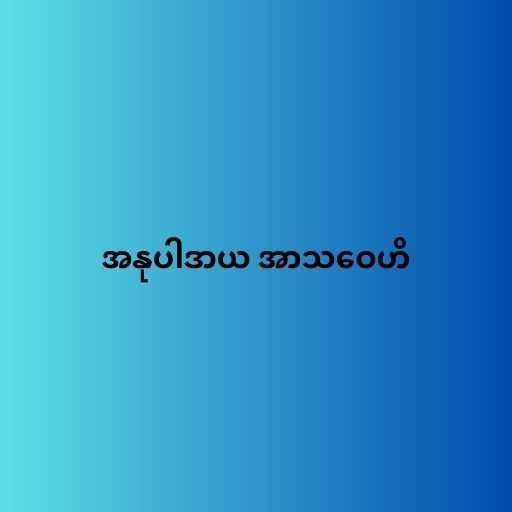
အနုပါဒာယ အာသဝေဟိ